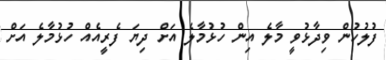
ފުލުހުން ވިދާޅުވީ މާލެ އިން ހުޅުމާލެ އަށް ދިޔަ ފެރީއެއް ހުޅުމާލެ އަށް